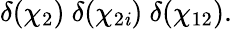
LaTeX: \delta(\chi_{2})\ \delta(\chi_{2\mathit{i}})\ \delta(\chi_{12}).